Annual report of the Central Committee of the Association together with the report of the directors of the Pasteur Institute at Kasauli
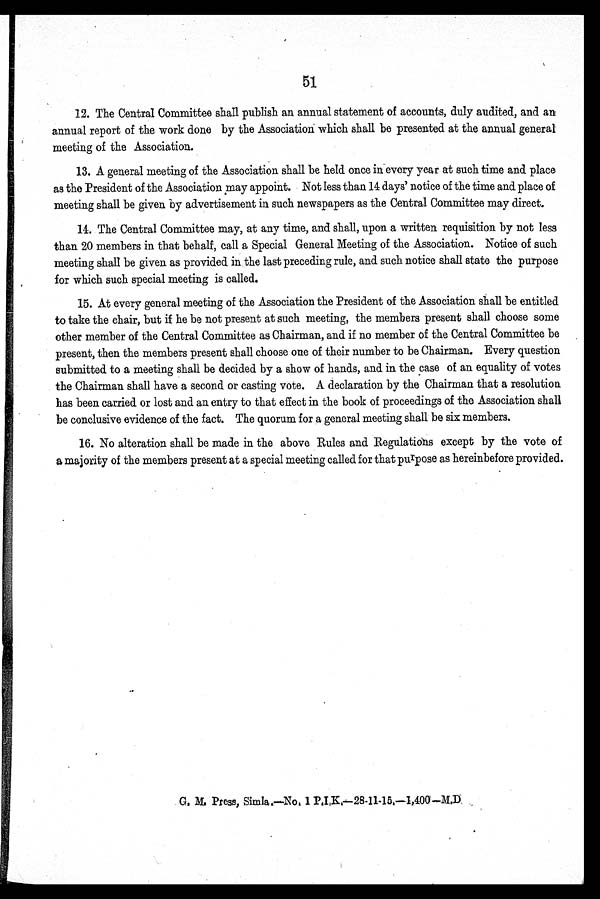
51
12. The Central Committee shall publish an annual statement of accounts, duly audited, and an
annual report of the work done by the Association which shall be presented at the annual general
meeting of the Association.
13. A general meeting of the Association shall be held once in-every year at such time and place
as the President of the Association may appoint. Not less than 14 days' notice of the time and place of
meeting shall be given by advertisement in such newspapers as the Central Committee may direct.
14. The Central Committee may, at any time, and shall, upon a written requisition by not less
than 20 members in that behalf, call a Special General Meeting of the Association. Notice of such
meeting shall be given as provided in the last preceding rule, and such notice shall state the purpose
for which such special meeting is called.
15. At every general meeting of the Association the President of the Association shall be entitled
to take the chair, but if he be not present at such meeting, the members present shall choose some
other member of the Central Committee as Chairman, and if no member of the Central Committee be
present, then the members present shall choose one of their number to be Chairman. Every question
submitted to a meeting shall be decided by a show of hands, and in the case of an equality of votes
the Chairman shall have a second or casting vote. A declaration by the Chairman that a resolution
has been carried or lost and an entry to that effect in the book of proceedings of the Association shall
be conclusive evidence of the fact. The quorum for a general meeting shall be six members.
16. No alteration shall be made in the above Rules and Regulations except by the vote of
a majority of the members present at a special meeting called for that pu rpose as hereinbefore provided.
G. M. Press, Simla.—No. 1 P.I.K.—28-11-15.—1,400—M.D.